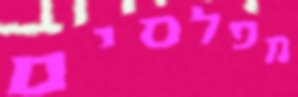
מפלסים